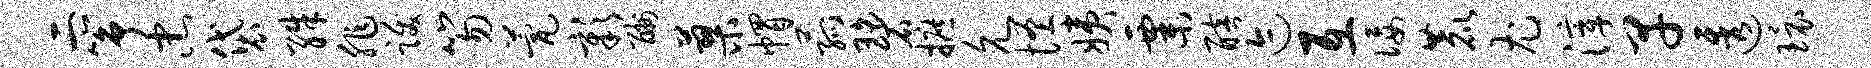
二筝忠袋殊非跋笏甍彰酬蓼帽菰碧摭允怪姨粟醅迹互佞鹿尤滓早透环